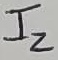
Text: I2